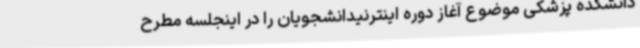
دانشکده پزشکی موضوع آغاز دوره اینترنیدانشجویان را در اینجلسه مطرح